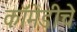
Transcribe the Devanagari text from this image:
कॉमेडीचे